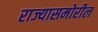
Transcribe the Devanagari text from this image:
राज्यासमोरील